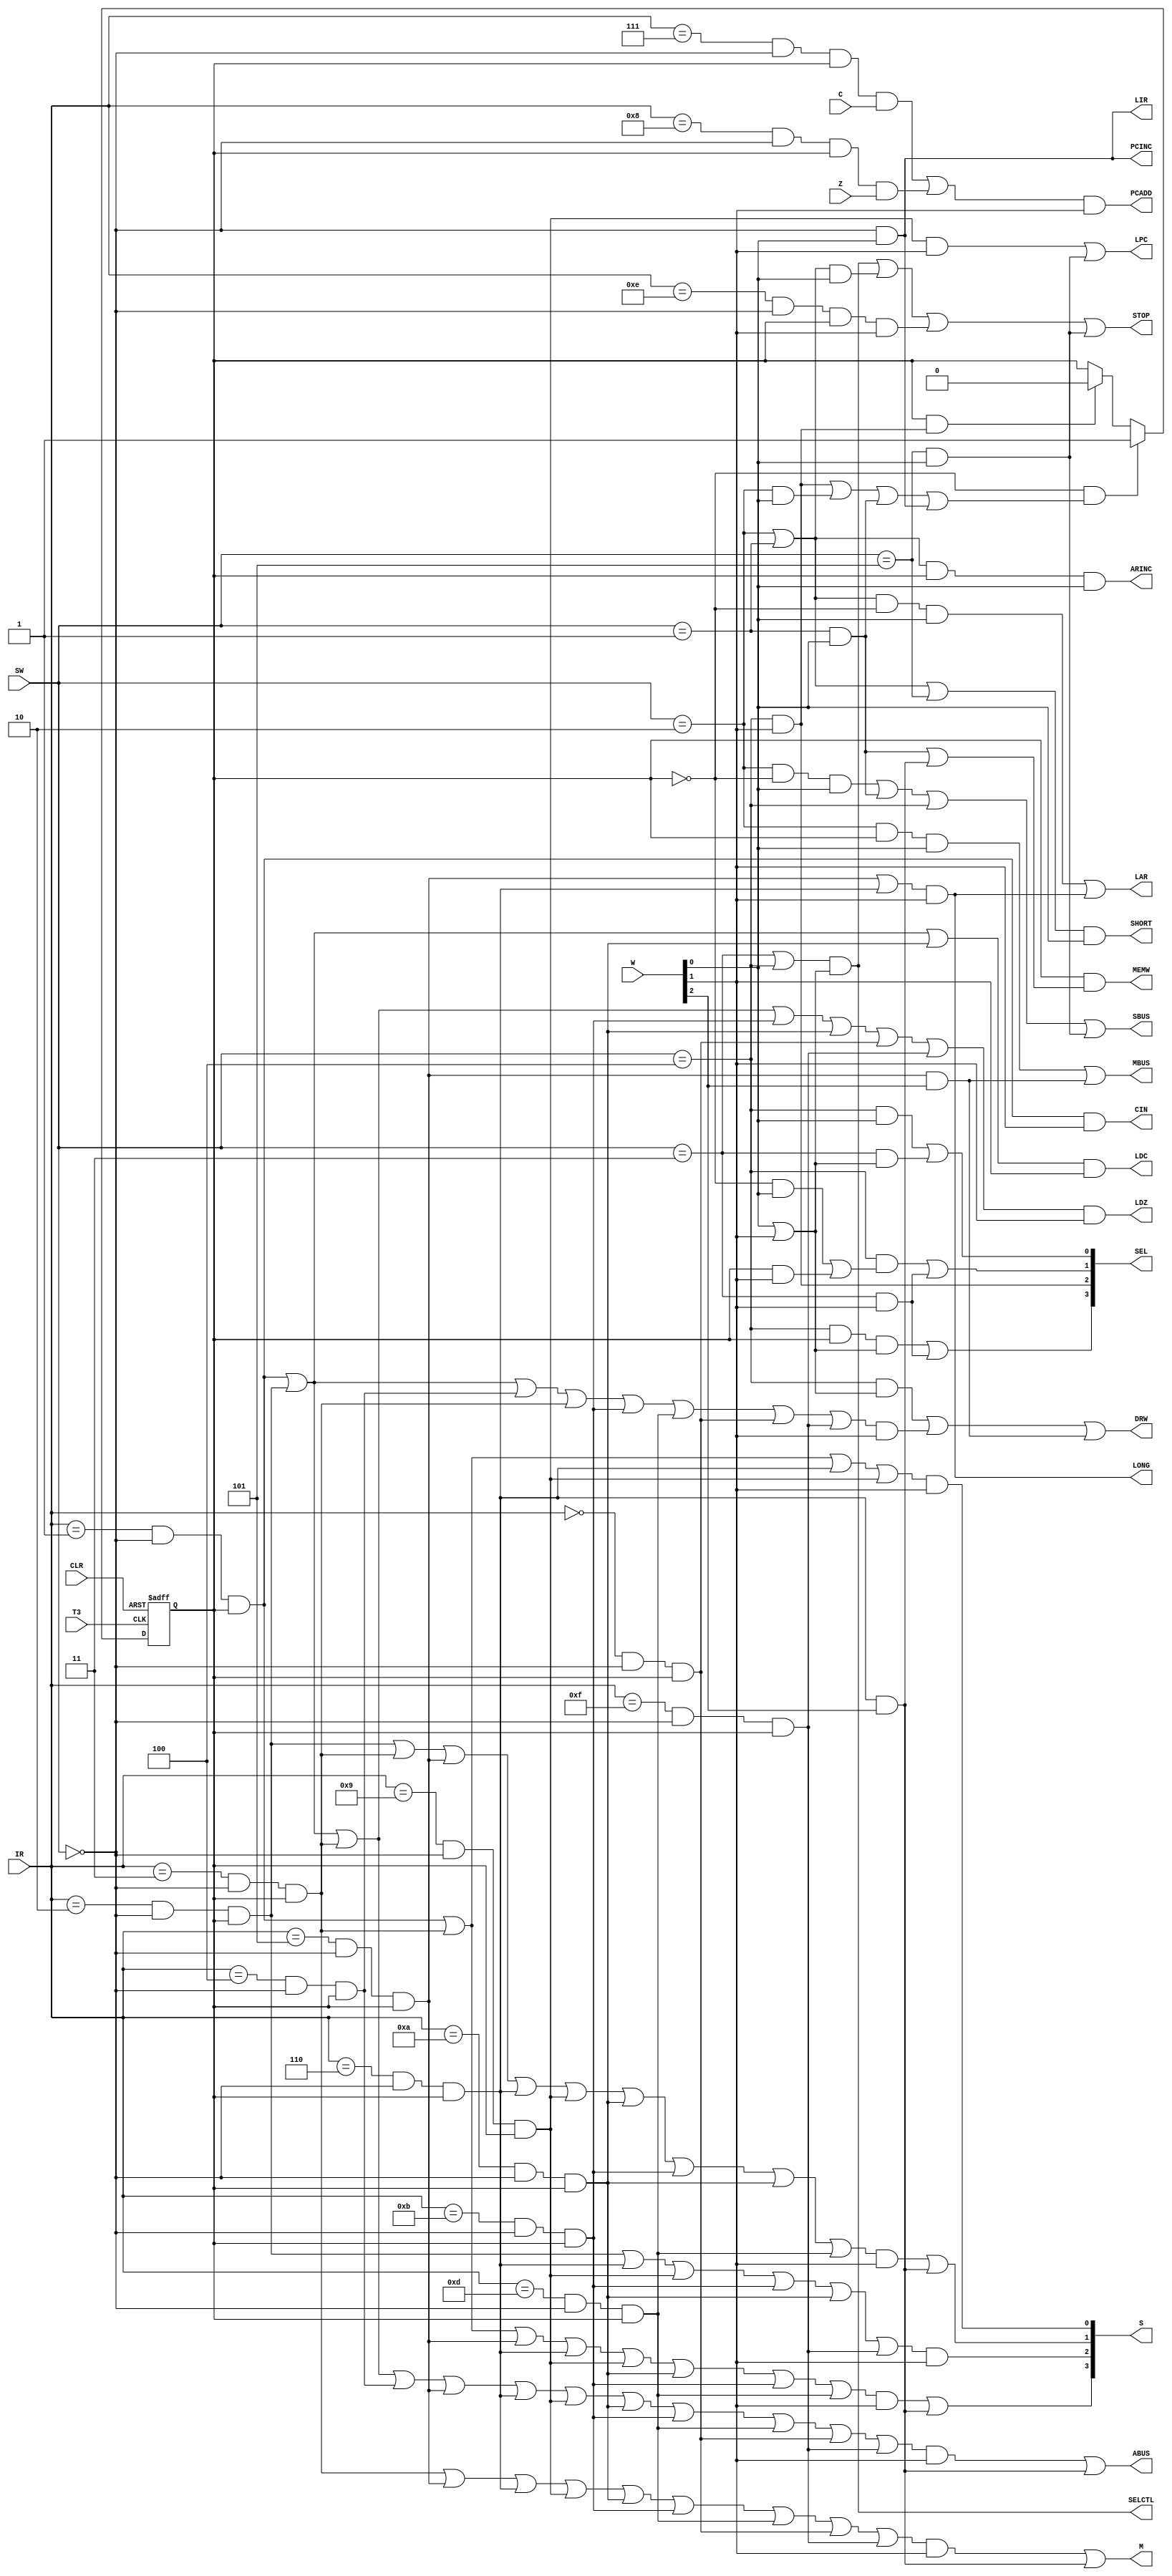
module task1CPU(//
            CLR,        //CLR
            T3,         // 
            SW,         // 3--C 2--B 1--A
            IR,         // 7..4
            W,          // 3..1
            C,  Z,      //

            DRW,        //
            PCINC,      //+1
            LPC,        //
            LAR,        //
            PCADD,      //pc
            ARINC,      //+1
            SELCTL,     //1
            MEMW,       //
            STOP,       //
            LIR,        //
            LDZ,        //
            LDC,        //
            CIN,        //
            S,          // 3..0
            M,          //
            ABUS,       //
            SBUS,       //
            MBUS,       //
            SHORT,      //CPU
            LONG,       //CPU
            SEL         // 3..0
            );

//
input               CLR, C, Z, T3;
input   [3:1]       SW, W;
input   [7:4]       IR;

//
output              DRW, PCINC, LPC, LAR, PCADD, ARINC, SELCTL, MEMW, STOP;
output				LIR, LDZ, LDC, CIN, M, ABUS, SBUS, MBUS, SHORT, LONG;
output  [3:0]       S, SEL;

//
wire                W_REG, R_REG, W_RAM, R_RAM, G_INS; 
wire                ADD, SUB, AND, INC, LD, ST, JC, JZ, JMP, STP;
wire                OUT, OR, MOV;

//W1W2ST0
reg                 ST0;

//
assign              W_REG = (SW == 3'b100);     //
assign              R_REG = (SW == 3'b011);     //
assign              W_RAM = (SW == 3'b001);     //
assign              R_RAM = (SW == 3'b010);     //
assign              G_INS = (SW == 3'b000);     //
assign				COVER_PC = (SW == 3'b101);  //PC

//
assign              ADD = (IR == 4'b0001) && G_INS && ST0;      //
assign              SUB = (IR == 4'b0010) && G_INS && ST0;      //
assign              AND = (IR == 4'b0011) && G_INS && ST0;      //
assign              INC = (IR == 4'b0100) && G_INS && ST0;      //1
assign              LD  = (IR == 4'b0101) && G_INS && ST0;      //
assign              ST  = (IR == 4'b0110) && G_INS && ST0;      //
assign              JC  = (IR == 4'b0111) && G_INS && ST0;      //C
assign              JZ  = (IR == 4'b1000) && G_INS && ST0;      //Z
assign              JMP = (IR == 4'b1001) && G_INS && ST0;      //
assign              STP = (IR == 4'b1110) && G_INS && ST0;      //

//
assign              OUT = (IR == 4'b1010) && G_INS && ST0;      //
assign 				OR  = (IR == 4'b1011) && G_INS && ST0;		//
assign 				CMP = (IR == 4'b1010) && G_INS && ST0;      //
assign 				MOV = (IR == 4'b1101) && G_INS && ST0;      //
assign				NOT = (IR == 4'b0000) && G_INS && ST0;      //
assign				NAND= (IR == 4'b1111) && G_INS && ST0;      //

//ST0
//CLRST00AR
//W2W1W1
//W1ST01
always @(negedge CLR or negedge T3) begin
	if(~CLR)
		ST0 <= 0;
    else if(~ST0 && ((W_REG && W[2]) || (R_RAM && W[1]) || (W_RAM && W[1]) || (G_INS && W[1])))
        ST0 <= 1;
    else if(ST0 && (W_REG && W[2])) 
        ST0 <= 0;
end

assign              DRW   = W_REG && (W[1] || W[2]) || (ADD || SUB || INC || AND || OR || MOV || NOT || NAND) && W[2] || LD && W[3];
assign              PCINC = G_INS && W[1];
assign              LPC   = JMP && W[2] || COVER_PC && W[1];
assign              LAR   = (R_RAM || W_RAM) && ~ST0 && W[1] || (LD || ST) && W[2];
assign              PCADD = (JC && C || JZ && Z) && W[2];
assign              ARINC = (R_RAM || W_RAM) && ST0 && W[1];
assign              SELCTL= (R_REG || W_REG) && (W[1] || W[2]);
assign              MEMW  = ST0 && (W_RAM && W[1] || ST && W[3]);
assign              STOP  = (R_REG || W_REG) && (W[1] || W[2]) || (R_RAM || W_RAM) && W[1] || STP && W[2] || COVER_PC && W[1];
assign              LIR   = G_INS && W[1];
assign              LDZ   = (ADD || SUB || AND || OR || CMP || NOT || NAND) && W[2];
assign              LDC   = (ADD || SUB || CMP) && W[2];
assign              CIN   = ADD && W[2];
assign              S[3]  = (ADD || AND || LD || ST || JMP || OUT || OR || MOV) && W[2] || ST && W[3];
assign              S[2]  = (SUB || ST || JMP || OR || CMP || NAND) && W[2];
assign              S[1]  = (SUB || AND || LD || ST || JMP || OUT || OR || CMP || MOV) && W[2] || ST && W[3];
assign              S[0]  = (ADD || AND || ST || JMP) && W[2];
assign              M     = (AND || LD || ST || JMP || OUT || OR || MOV || NOT || NAND) && W[2] || ST && W[3];
assign              ABUS  = (ADD || SUB || AND || INC || LD || ST || JMP || OUT || OR || MOV || NOT || NAND) && W[2] || ST && W[3];
assign              SBUS  = R_RAM && ~ST0 && W[1] || W_RAM && W[1] || W_REG || COVER_PC && W[1];
assign              MBUS  = R_RAM && ST0 && W[1] || LD && W[3];
assign              SHORT = (R_RAM || W_RAM || COVER_PC) && W[1];
assign              LONG  = (LD || ST) && W[2];
assign              SEL[3]= W_REG && ST0 && (W[1] || W[2]) || R_REG && W[2];
assign              SEL[2]= W_REG && W[2];
assign              SEL[1]= W_REG && (~ST0 && W[1] || ST0 && W[2]) || R_REG && W[2];
assign              SEL[0]= W_REG && W[1] || R_REG && (W[1] || W[2]);

endmodule